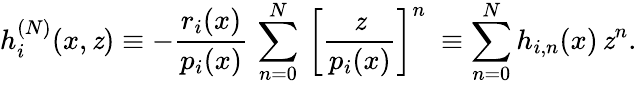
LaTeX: h_{i}^{(N)}(x,\mathit{z})\equiv-\frac{{r_{i}(x)}}{{p_{i}(x)}}\, \sum_{n=0}^{N}\, {\left[\frac{{\mathit{z}}}{{p_{i}(x)}}\right]}^{n}\ \equiv\sum_{n=0}^{N}h_{i,n}(x)\, \mathit{z}^{n}.